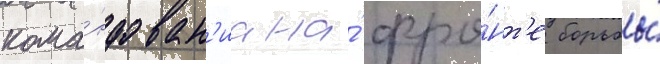
кома́ндован'иа на́ фро́нт'е борьбы́